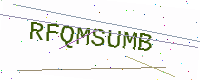
Text: RFQMSUMB